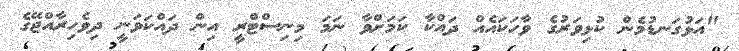
"އަޅުގަނޑުމެން ކުޅިވަރުގެ ވާހަކައެއް ދައްކާ ކަމަށްވާ ނަމަ މިނިސްޓްރީ އިން ދައްކަވަނީ ދިވެހިރާއްޖޭގެ